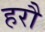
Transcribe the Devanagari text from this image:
हरौ